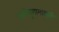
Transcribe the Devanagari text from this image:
कलियुगामाझारी